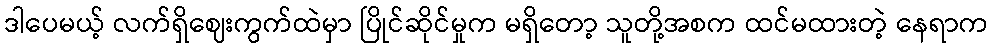
ဒါပေမယ့် လက်ရှိဈေးကွက်ထဲမှာ ပြိုင်ဆိုင်မှုက မရှိတော့ သူတို့အစက ထင်မထားတဲ့ နေရာက